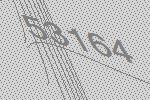
53164